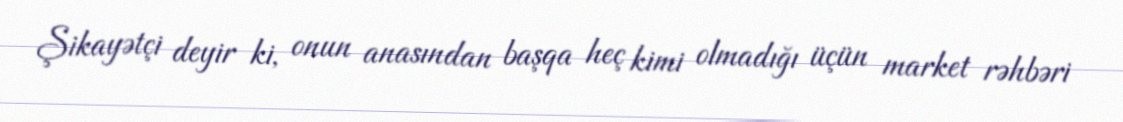
Şikayətçi deyir ki, onun anasından başqa heç kimi olmadığı üçün market rəhbəri